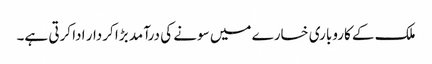
ملک کے کاروباری خسارے میں سونے کی درآمد بڑا کردار ادا کرتی ہے۔